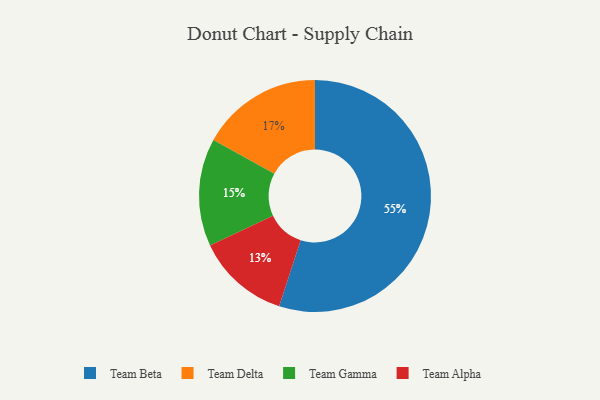
{"axis": {"x": "Category", "y": "Percentage"}, "legend": ["Team Alpha", "Team Beta", "Team Delta", "Team Gamma"], "data": [{"x": "Team Gamma", "y": 15, "type": "Team Gamma"}, {"x": "Team Beta", "y": 55, "type": "Team Beta"}, {"x": "Team Alpha", "y": 13, "type": "Team Alpha"}, {"x": "Team Delta", "y": 17, "type": "Team Delta"}]}